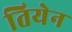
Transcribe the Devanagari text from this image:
तियेन